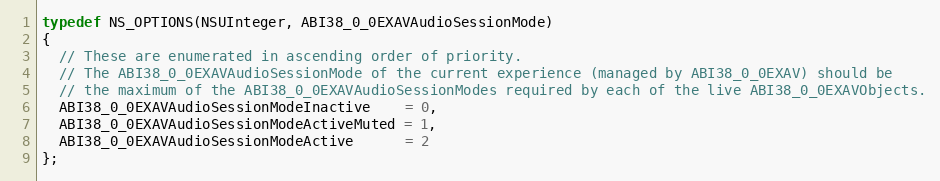
Language: C
typedef NS_OPTIONS(NSUInteger, ABI38_0_0EXAVAudioSessionMode)
{
  // These are enumerated in ascending order of priority.
  // The ABI38_0_0EXAVAudioSessionMode of the current experience (managed by ABI38_0_0EXAV) should be
  // the maximum of the ABI38_0_0EXAVAudioSessionModes required by each of the live ABI38_0_0EXAVObjects.
  ABI38_0_0EXAVAudioSessionModeInactive    = 0,
  ABI38_0_0EXAVAudioSessionModeActiveMuted = 1,
  ABI38_0_0EXAVAudioSessionModeActive      = 2
};